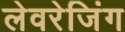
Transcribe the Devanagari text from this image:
लेवरेजिंग